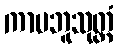
ကာမဘူသုတ္တံ